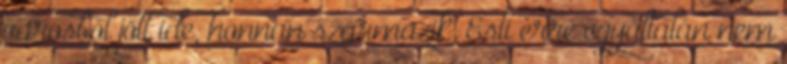
városból jött ide, honnan származik. Esti erre egyáltalán nem